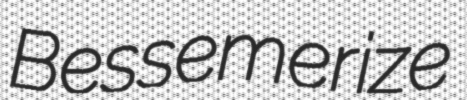
Bessemerize